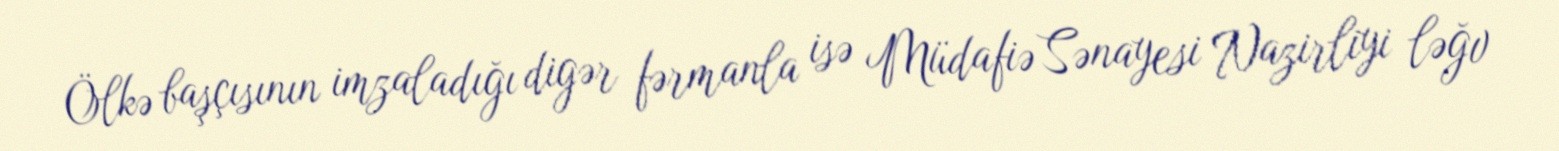
Ölkə başçısının imzaladığı digər fərmanla isə Müdafiə Sənayesi Nazirliyi ləğv